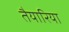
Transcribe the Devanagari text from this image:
तैयारिया